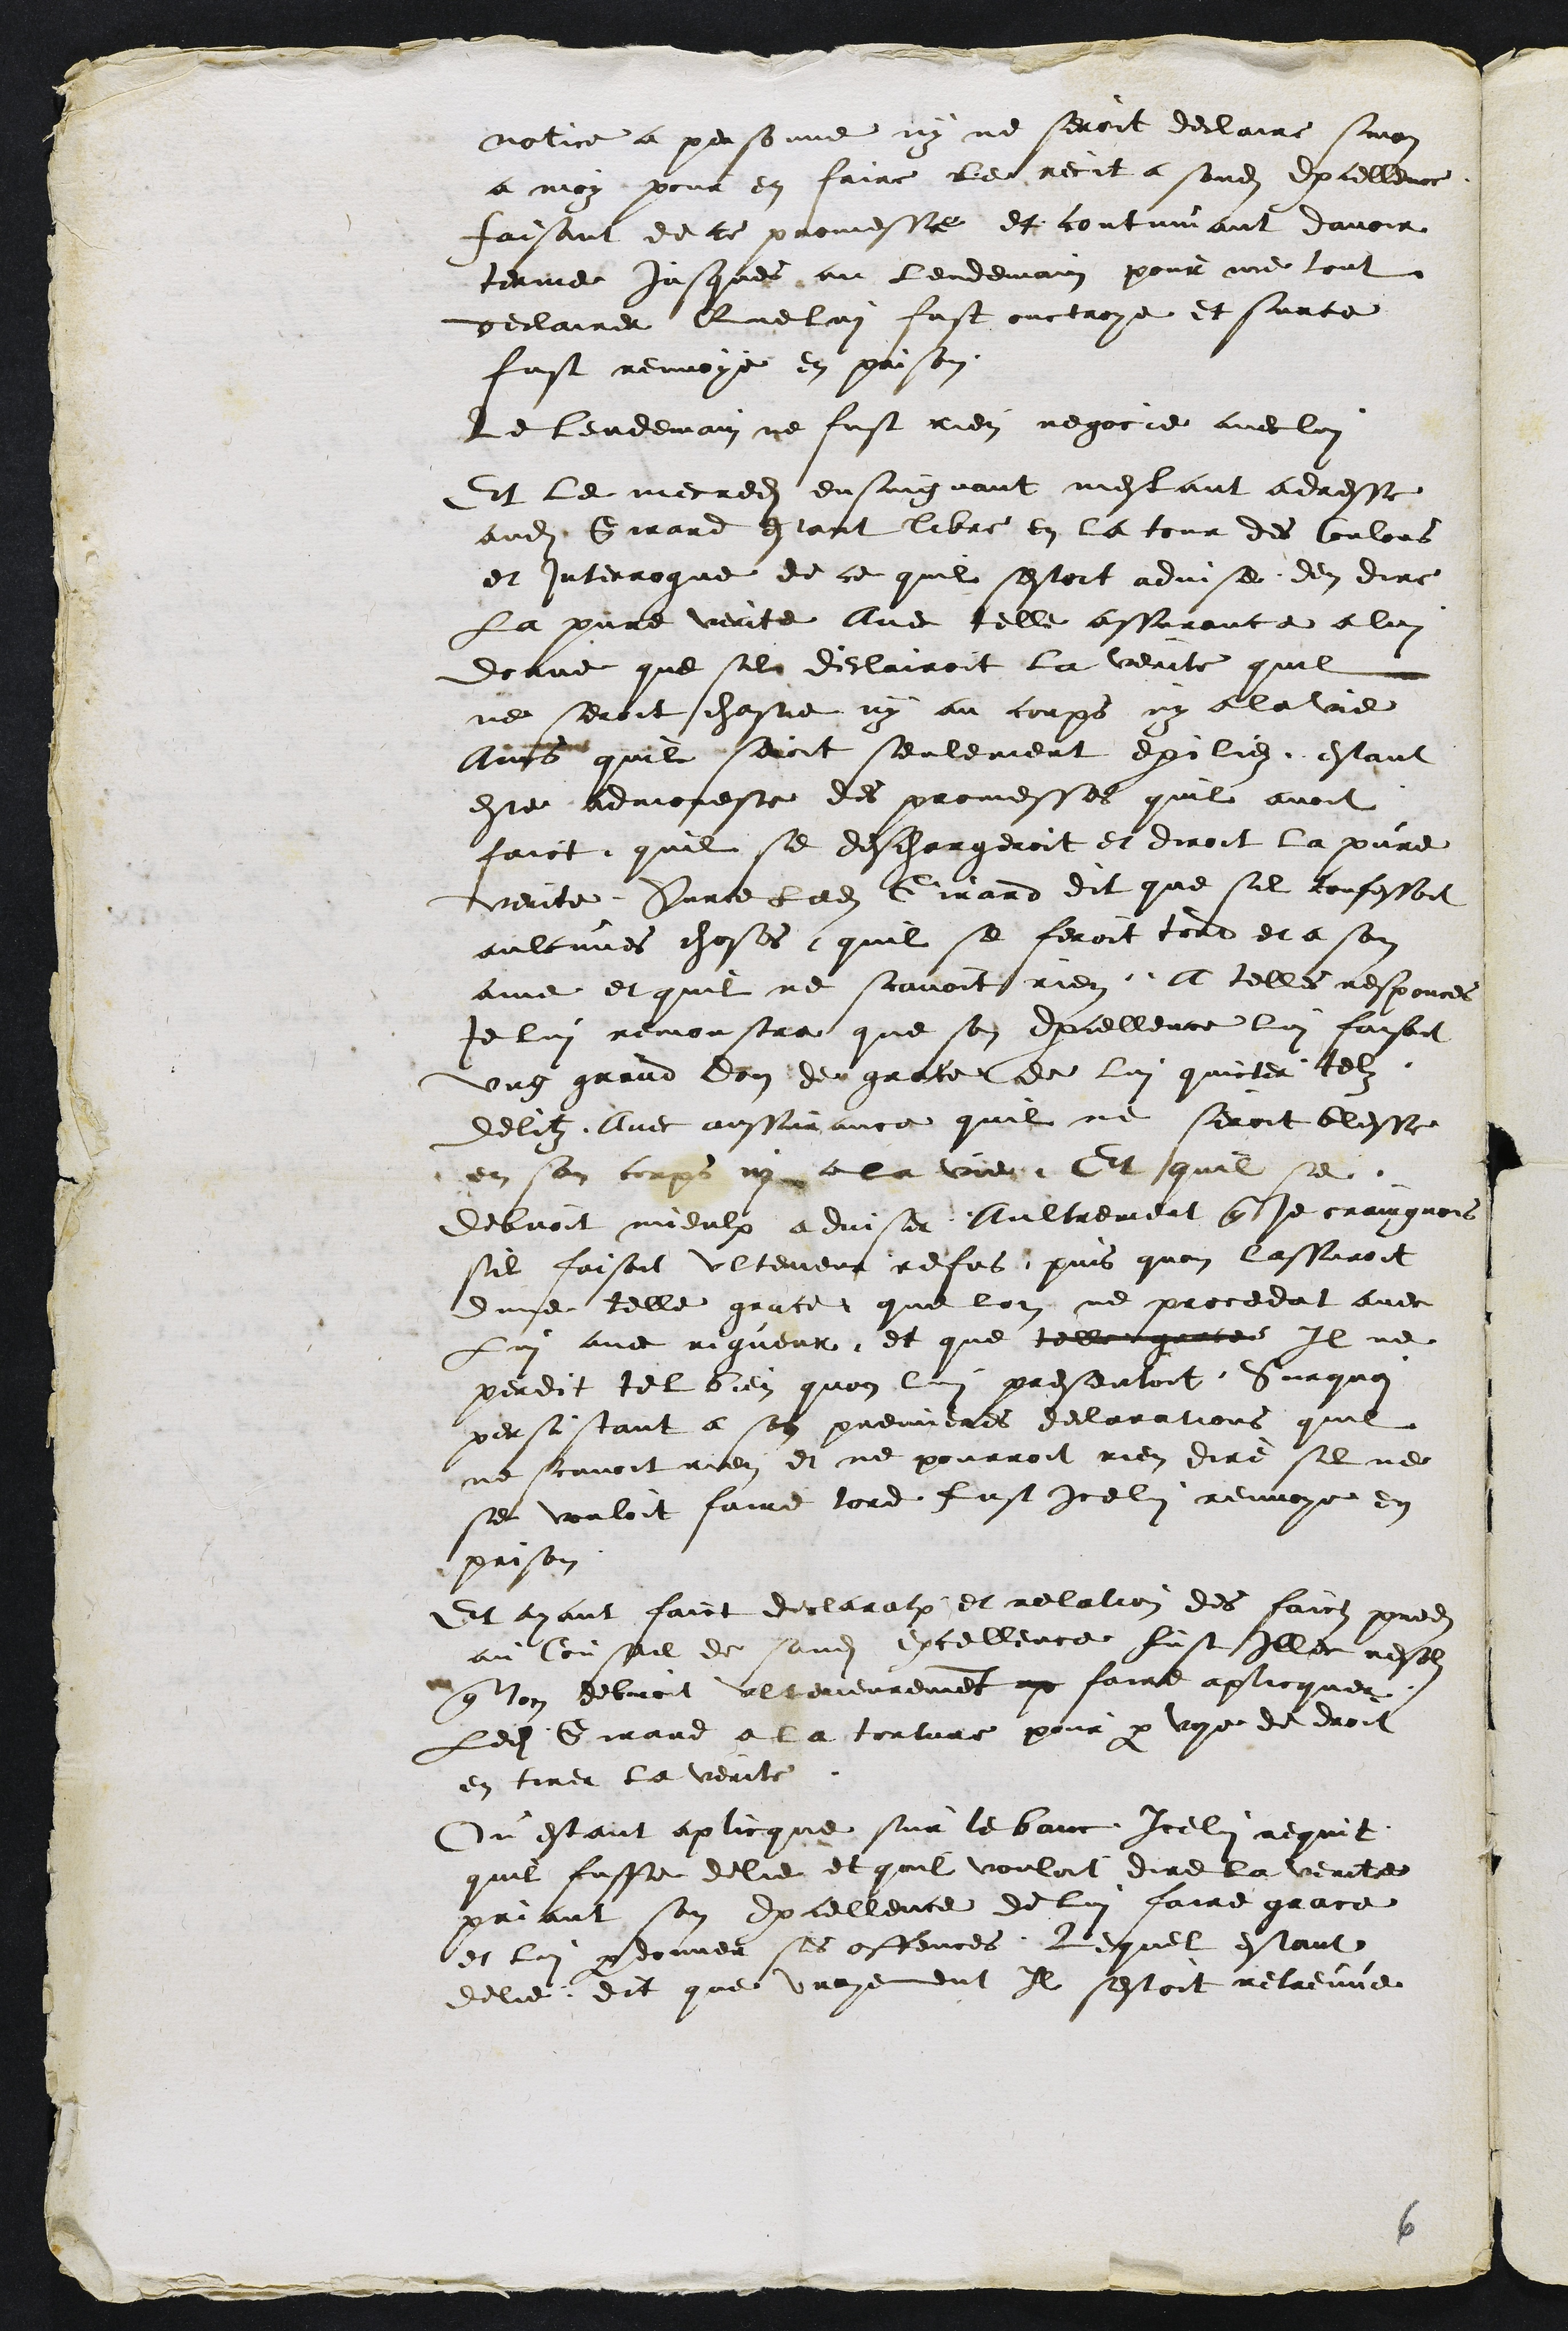
notice a personne ny ne seroit declaire sinon
a moy pour en faire le recit a sondit Excellence
faisant de ce promesse et continuant davoir
terme jusques au lendemain pour me tout
declairer Que lui fust ouctroye et surce
fust renvoye en prison
Le lendemain ne fust rien negocie avec lui
Et le mecredit ensuiguant mestant adresse
audit Girard estant libre en la tour des Coulons
et interrogue de ce quil sestoit advise den dire
La pure verite avec telle assurance a lui
donne que sil declairoit la verite quil
ne seroit chastie ny au corps ny a la vie
Ains quil seroit seulement exiliez estant
este admoneste des promesses quil avoit
faict quil se deschargeroit et diroit la pure
verite Surce ledit Girard dit que sil confessoit
aulcunes choses quil se feroit tord et a son
ame et quil ne scavoit rien. A telles responces
Je lui remonstra que son Excellence lui faisoit
ung grand don de grace de lui quicter telz
delitz Avec aussurance quil ne seroit blesse
en son corps ny a la vie Et quil se
debvoit mieulx adviser Aultrement que je craingnois
sil faisoit ulterieur refus puis quon lassuroit
dune telle grace que lon ne procedat avec
Lui avec rigueur et que telle grace Il ne
perdit tel bien quon lui presentoit Surquoi
persistant a son premieres declarations quil
ne scavoit rien et ne pourroit rien dire sil ne
se vouloit faire tord fust icelui renvoye en
prison
Et ayant faict declaration et relation des faictz predits
au Conseil de sondit Excellence fust illec resoluz
que lon debvoit ulterieurement ap faire aplicquer
Ledit Girard a la torture pour par voye de droit
en tirer la verite
Ou estant aplicque sur le banc Icelui requit
quil fusse delie et quil vouloit dire la verite
priant son Excellence de lui faire grace
et lui pardonner ses offences Lequel estant
delie dit que vrayement Il sestoit retreuve

6